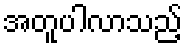
အတူပါလာသည့်